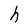
Character: h